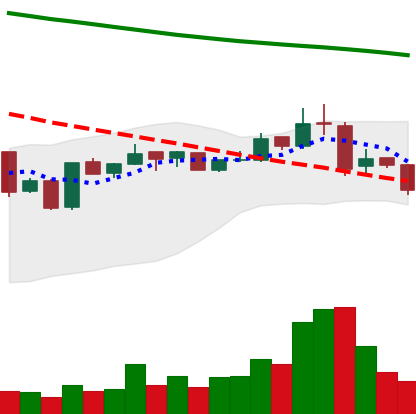
Ticker: BNB-USD
Chart end date: 2019-01-13
Forward return: 17.855%
Label: up_7plus